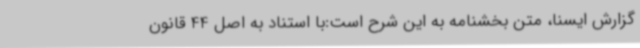
گزارش ایسنا، متن بخشنامه به این شرح است:با استناد به اصل 44 قانون